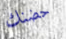
حضنك